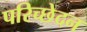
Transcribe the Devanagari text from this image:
परिच्छेदन